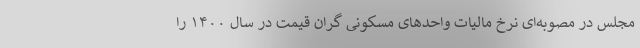
مجلس در مصوبه‌ای نرخ مالیات واحدهای مسکونی گران قیمت در سال ١۴٠٠ را